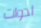
ادوات